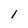
Character: 1